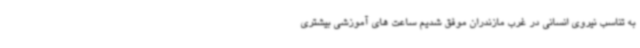
به تناسب نیروی انسانی در غرب مازندران موفق شدیم ساعت های آموزشی بیشتری